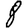
Digit: 8